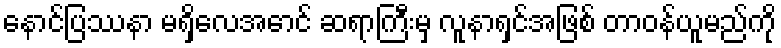
နောင်ပြဿနာ မရှိလေအောင် ဆရာကြီးမှ လူနာရှင်အဖြစ် တာဝန်ယူမည်ကို